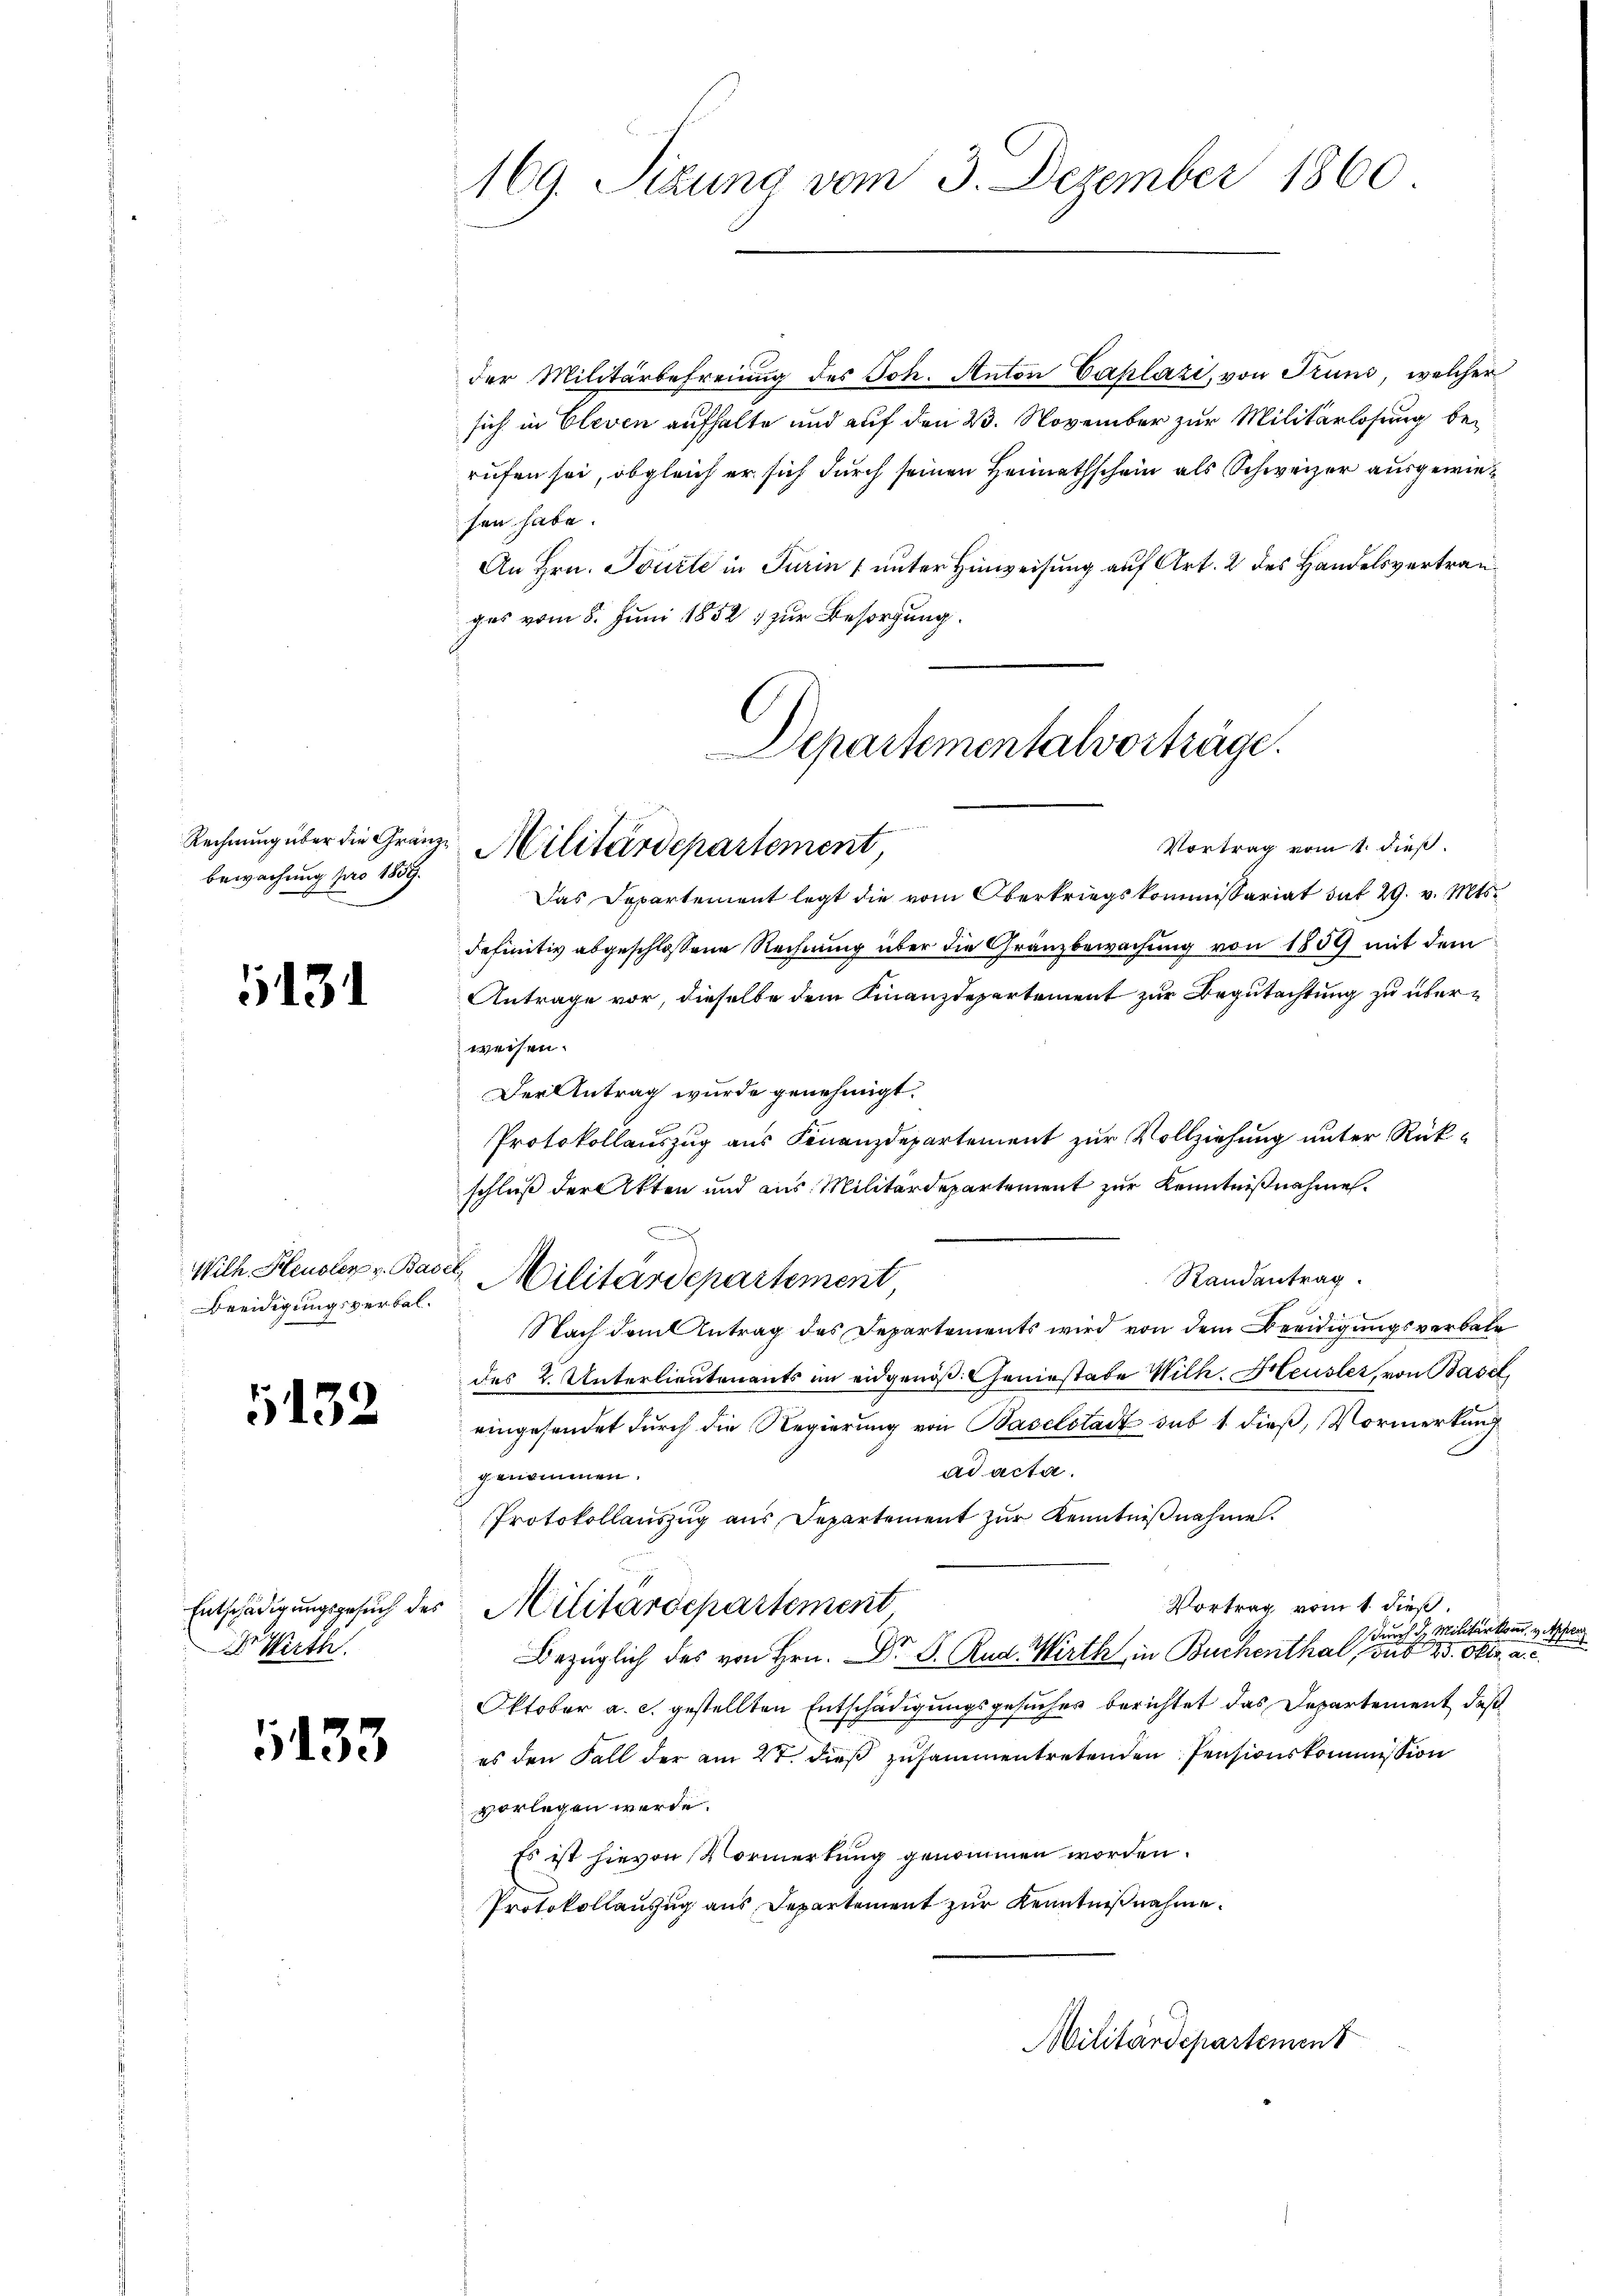
Rechnung über die Grän
bewachung pro 1859.

131

Wilh. Heusler v. Bac
Beeidigungsverbal¬

5132

Entschädigungsgesuch des
Dr. Wirth

133

169. Sizung vom 3. Dezember 1860

der Militärbefreiung des Joh. Anton Caplazi, von Truns, welcher
sich in Cleven aufhalte und auf den 23. November zur Militärlosung berufen sei, obgleich er sich durch seinen Heimathschein als Schweizer ausgewiesen habe.
An Hrn. Tourte in Turin (unter Hinweisung auf Art. 2 des Handelsvertrages vom 8. Juni 1852 zur Besorgung.

Departementalvorträge.

Vortrag vom 1. dieß.
u Militärdepartement,
Das Departement legt die vom Oberkriegskommissariat dit 29. v. Mts.

definitiv abgeschlossene Rechnung über die Gränzbewachung von 1859 mit dem
Antrage vor, dieselbe dem Finanzdepartement zur Begutachtung zu überweisen.
Der Antrag wurde genehmigt.
Protokollauszug aus Finanzdepartement zur Vollziehung unter Rückschluß der Akten und aus Militärdepartement zur Kenntnißnahme.
und
Randentrag.
22. Militärdepartement,
Nach dem Antrag des Departements wird von dem Beeidigungsverbale
des 2. Unterlieutenants im eidgenöß. Geniestabe Wilh. Heusler, von Basel
eingesendet durch die Regierung von Baselstadt sub 1 dieß, Vormerkung
ad acta.
genommen.
Protokollauszug aus Departement zur Kenntnißnahme.
Vortrag vom 1. dieß.
Militärdepartement
 durch d. Militärkomm. v. Appenz
Bezüglich des von Hrn. Dr. D. Rud. Wirth in Buchenthal, sub 25. Oktr. a. c.
Oktober a. c. gestellten Entschädigungsgesucher berichtet das Departement, daß
es den Fall der am 27. dieß zusammentretenden Pensionskommission
vorlegen werde.
Es ist hievon Vormerkung genommen worden.
Protokollauszug aus Departement zur Kenntnißnahme.
Militärdepartement